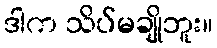
ဒါက သိပ်မချိုဘူး။